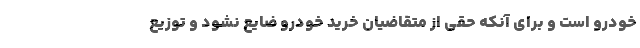
خودرو است و براي آنكه حقي از متقاضيان خريد خودرو ضایع نشود و توزيع